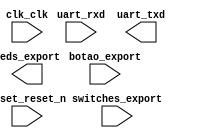

module unsaved (
	botao_export,
	clk_clk,
	leds_export,
	reset_reset_n,
	switches_export,
	uart_rxd,
	uart_txd);	

	input		botao_export;
	input		clk_clk;
	output	[7:0]	leds_export;
	input		reset_reset_n;
	input	[3:0]	switches_export;
	input		uart_rxd;
	output		uart_txd;
endmodule